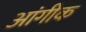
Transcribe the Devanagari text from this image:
आंगीक